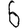
Digit: 6